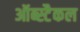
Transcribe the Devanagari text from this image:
ऑब्स्टैकल